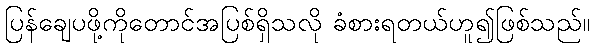
ပြန်ချေပဖို့ကိုတောင်အပြစ်ရှိသလို ခံစားရတယ်ဟူ၍ဖြစ်သည်။